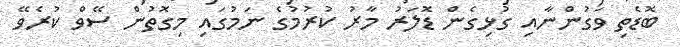
ބޮޑެތި ވަގުންނާއި ގުޅިގެން ޑޮލަރު މާރު ކުރުމުގެ ނަމުގައި މިގޮތުން ސޭވް ކުރެވޭ